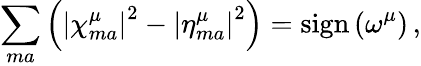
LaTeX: \sum_{ma}\left(\left\vert\chi_{ma}^{\mu}\right\vert^{2}-\left\vert\eta_{ma}^{\mu}\right\vert^{2}\right)=\mathrm{sign}\left(\omega^{\mu}\right)\, ,